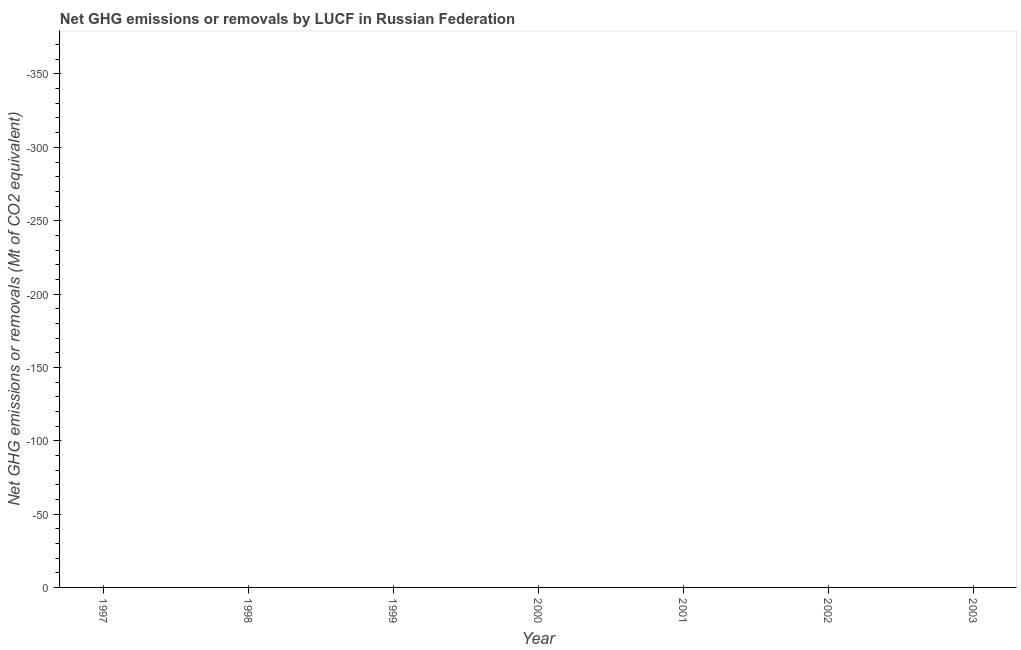
| Year | GHG net emissions or removals |
 | --- | --- |
 | 1997 | -392 |
 | 1998 | -388 |
 | 1999 | -421 |
 | 2000 | -462 |
 | 2001 | -538 |
 | 2002 | -567 |
 | 2003 | -557 |